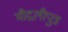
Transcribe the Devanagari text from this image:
मौद्गलीपुत्र